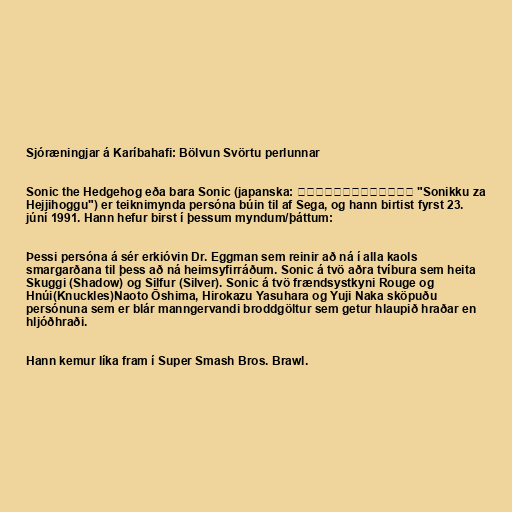
Sjóræningjar á Karíbahafi: Bölvun Svörtu perlunnar

Sonic the Hedgehog eða bara Sonic (japanska: ソニック・ザ・ヘッジホッグ "Sonikku za
Hejjihoggu") er teiknimynda persóna búin til af Sega, og hann birtist fyrst 23.
júní 1991. Hann hefur birst í þessum myndum/þáttum:

Þessi persóna á sér erkióvin Dr. Eggman sem reinir að ná í alla kaols
smargarðana til þess að ná heimsyfirráðum. Sonic á tvö aðra tvíbura sem heita
Skuggi (Shadow) og Silfur (Silver). Sonic á tvö frændsystkyni Rouge og
Hnúi(Knuckles)Naoto Ōshima, Hirokazu Yasuhara og Yuji Naka sköpuðu
persónuna sem er blár manngervandi broddgöltur sem getur hlaupið hraðar en
hljóðhraði.

Hann kemur líka fram í Super Smash Bros. Brawl.